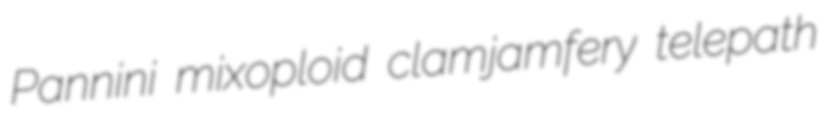
Pannini mixoploid clamjamfery telepath